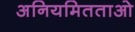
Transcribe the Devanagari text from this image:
अनियमितताओ